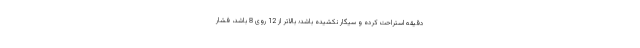
دقیقه استراحت کرده و سیگار نکشیده باشد؛ بالاتر از 12 روی 8 باشد، فشار